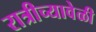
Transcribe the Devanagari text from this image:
रात्रीच्यावेळी